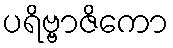
ပရိဗ္ဗာဇိကော